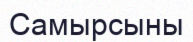
Самырсыны